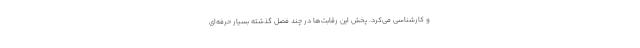
و کارشناسی می‌کرد. پخش این رقابت‌ها در چند فصل گذشته بسیار حرفه‌ای